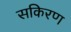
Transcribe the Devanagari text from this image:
सकिरण